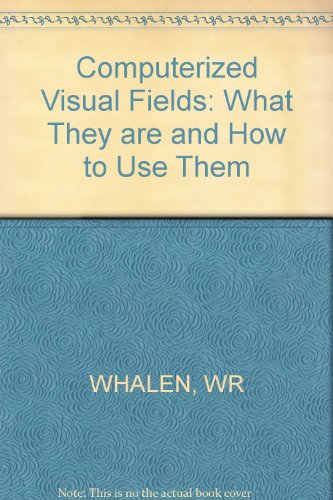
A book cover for Computerized Visual Fields: What They Are and How to Use Them; Medical Books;